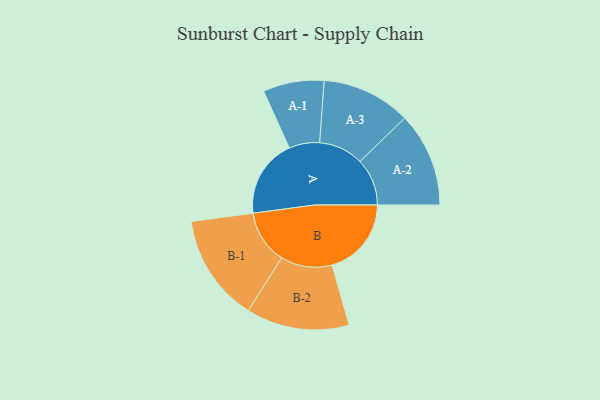
{"axis": {"x": "Segment", "y": "Value"}, "legend": ["", "A", "B"], "data": [{"x": "A", "y": 432, "type": ""}, {"x": "B", "y": 437, "type": ""}, {"x": "A-1", "y": 168, "type": "A"}, {"x": "A-2", "y": 260, "type": "A"}, {"x": "A-3", "y": 246, "type": "A"}, {"x": "B-1", "y": 296, "type": "B"}, {"x": "B-2", "y": 284, "type": "B"}]}